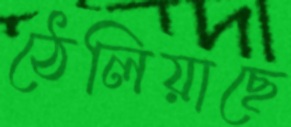
ঠেলিয়াছে